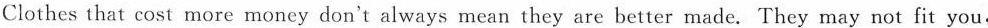
Clothes that cost more money don't always mean they are better made. They may not fit you,